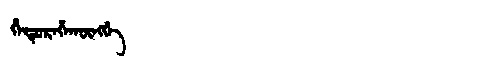
Manchu: ᡥᡝᡨᡠᡵᡝᡥᠠᡴᡡᠩᡤᡝ
Romanization: HETUREHAKŪNGGE